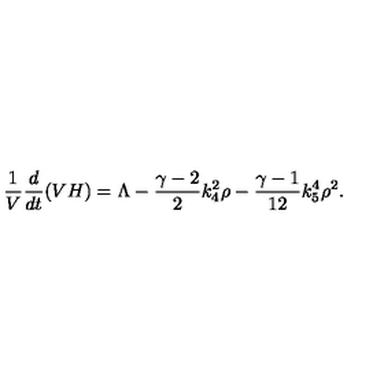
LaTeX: \frac 1 { V } \frac { d } { d t } ( V H ) = \Lambda - \frac { \gamma - 2 } 2 k _ { 4 } ^ { 2 } \rho - \frac { \gamma - 1 } { 1 2 } k _ { 5 } ^ { 4 } \rho ^ { 2 } .